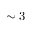
\sim 3